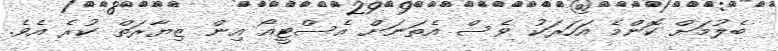
ބެލުމަށް ކޮންމެ އަހަރަކު ވެސް އެތަނަށް އެސްޓީއޯ އިން ޒިޔާރަތް ކުރެ އެވެ.